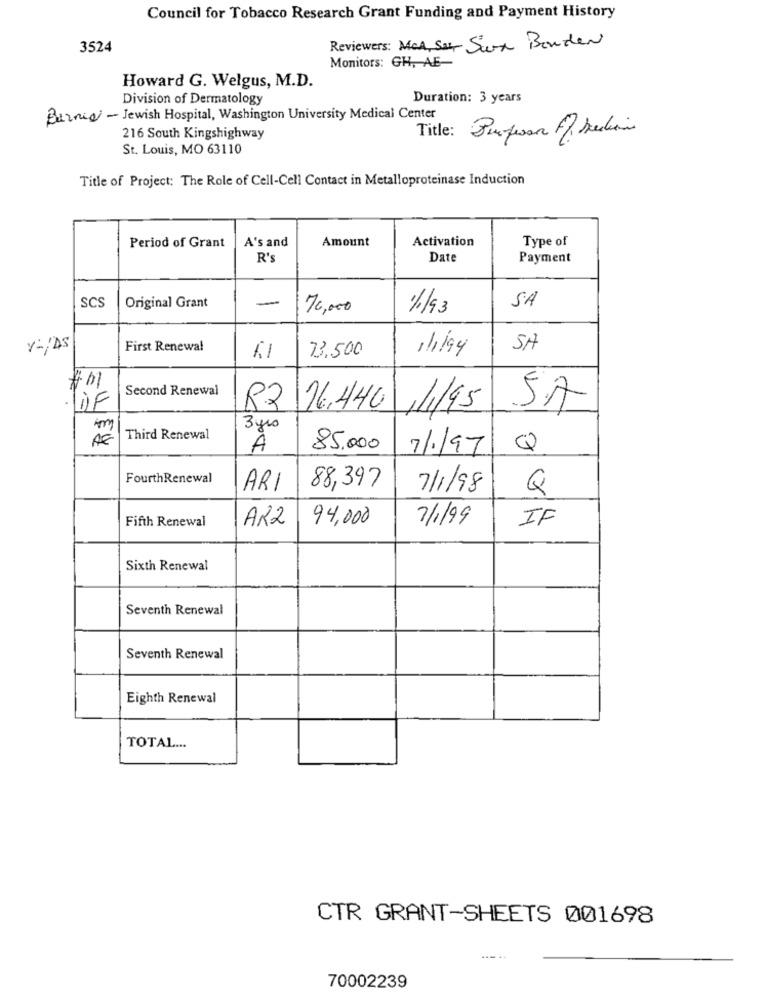
Council for Tobacco Research Grant Funding and Payment History
3524
Reviewers: Med, Sat Six Bonden
Monitors: GH, AE-
Howard G. Welgus, M.D.
Division of Dermatology
Duration: 3 years
Bernie - Jewish Hospital, Washington University Medical Center
Title:
216 South Kingshighway
Berufessa Af Jedin
St. Louis, MO 63110
Title of Project: The Role of Cell-Cell Contact in Metalloproteinase Induction
A's and
Amount
Activation
Type of
Period of Grant
R's
Date
Payment
SCS
-
Original Grant
70,000
1%193
SA
First Renewal
73,500
SA
11/94
Second Renewal
R2
176,440
/1/95
SA
3 yrs
Third Renewal
A
85.000
7/1/97
Q
FourthRenewal
ARI
88,397
7/1/98
Q
Fifth Renewal
AK2
94,000
7/1/99
IF
Sixth Renewal
Seventh Renewal
Seventh Renewal
Eighth Renewal
TOTAL ...
CTR GRANT-SHEETS 001698
70002239